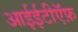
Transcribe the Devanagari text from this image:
आईईटीऍफ़